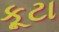
કૂટા